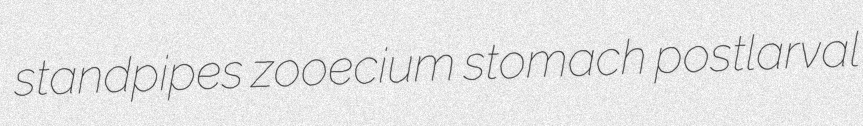
standpipes zooecium stomach postlarval